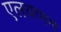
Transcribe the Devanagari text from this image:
एलयप्पम